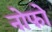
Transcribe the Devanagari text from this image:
नोफो